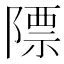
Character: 䧣